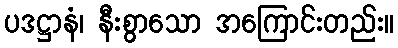
ပဒဋ္ဌာနံ၊ နီးစွာသော အကြောင်းတည်း။